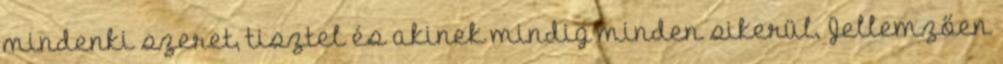
mindenki szeret, tisztel és akinek mindig minden sikerül. Jellemzően